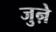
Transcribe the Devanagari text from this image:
जुऩे